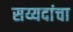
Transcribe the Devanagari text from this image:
सय्यदांचा